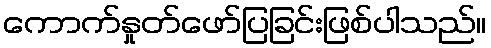
ကောက်နှုတ်ဖော်ပြခြင်းဖြစ်ပါသည်။